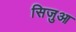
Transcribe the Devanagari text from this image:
सिजुआ